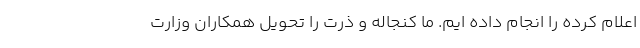
اعلام کرده را انجام داده ایم. ما کنجاله و ذرت را تحویل همکاران وزارت